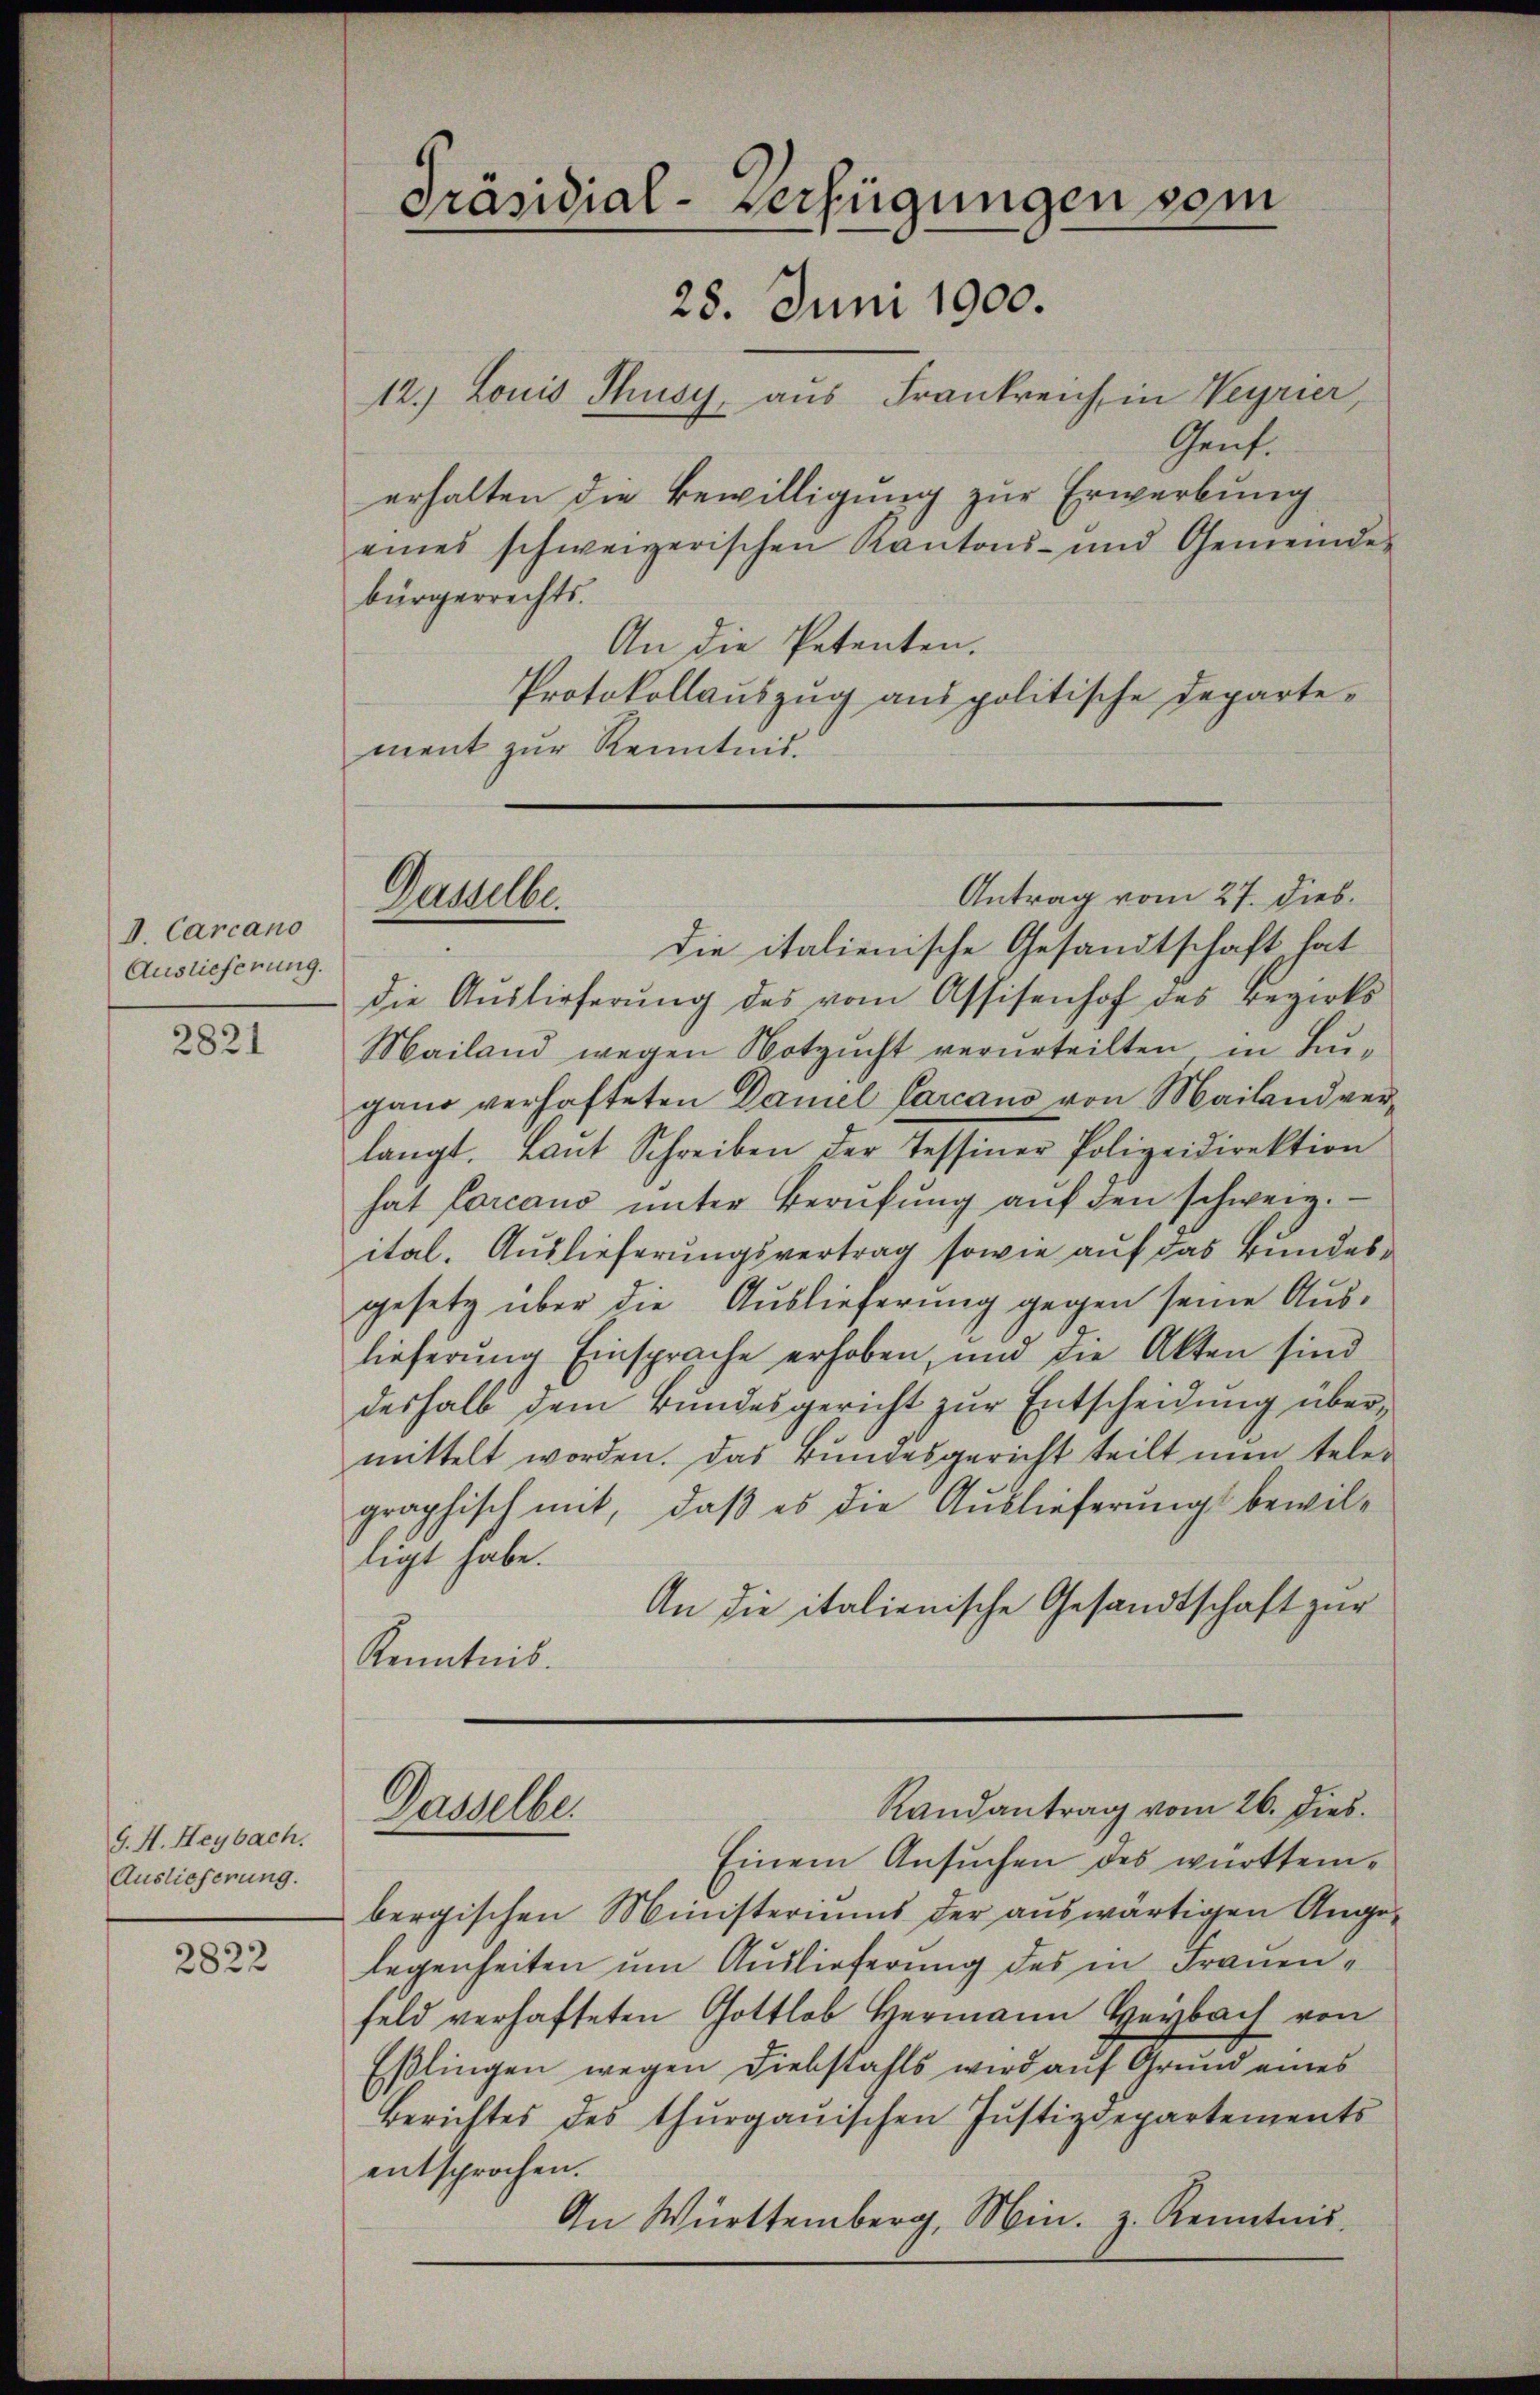
V. Carcano
Auslieferung.

2821

G. H. Heybach.
Auslieferung.

2822

Präsidial-Verfügungen vom
28. Juni 1900.
12.) Louis Thusy, aus Frankreich in Weyrier

Genf.
erhalten die Bewilligung zur Erwerbung
eines schweizerischen Kantons- und Gemeinde-
bürgerrechts.
An die Petenten.
Protokollauszug aus politische Departement zur Kenntnis.

Dasselbe.

Antrag vom 27. Dieb.
die italienische Gesandtschaft hat
die Auslieferung des vom Assisenhof des Bezirks
Mailand wegen Notzucht verurteilten in Lugano verhafteten Damel Parcano von Mailand verlangt. Baŭt Schreiben der Tessiner Polizeidirektion
hat Carcano ŭnter Berŭfŭng aŭf den schweiz.
ital. Auslieferungsvertrag sowie auf das Bundesgesetz über die Auslieferung gegen seine Auslieferung Einsprache erhoben, und die Akten sind
deshalb dem Bundesgericht zur Entscheidung übermittelt worden. Das Bundesgericht teilt nun teler
graphisch mit, daß es die Auslieferungs bewilligt habe.
An die italienische Gesandtschaft zur
Kenntnis.
Randantrag vom 26. Dies
Dasselbe
Einem Ansŭchen des württembergischen Ministeriums der auswärtigen Angelegenheiten um Auslieferung des in Frauenfeld verhafteten Gottlob Hermann Heybach von
Eßlingen wegen Diebstahls wird auf Grund eines
Berichtes des thurgauischen Justizdepartements
entsprochen.
An Württemberg, Min. z. Kenntnis